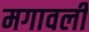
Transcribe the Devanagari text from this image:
मगावली